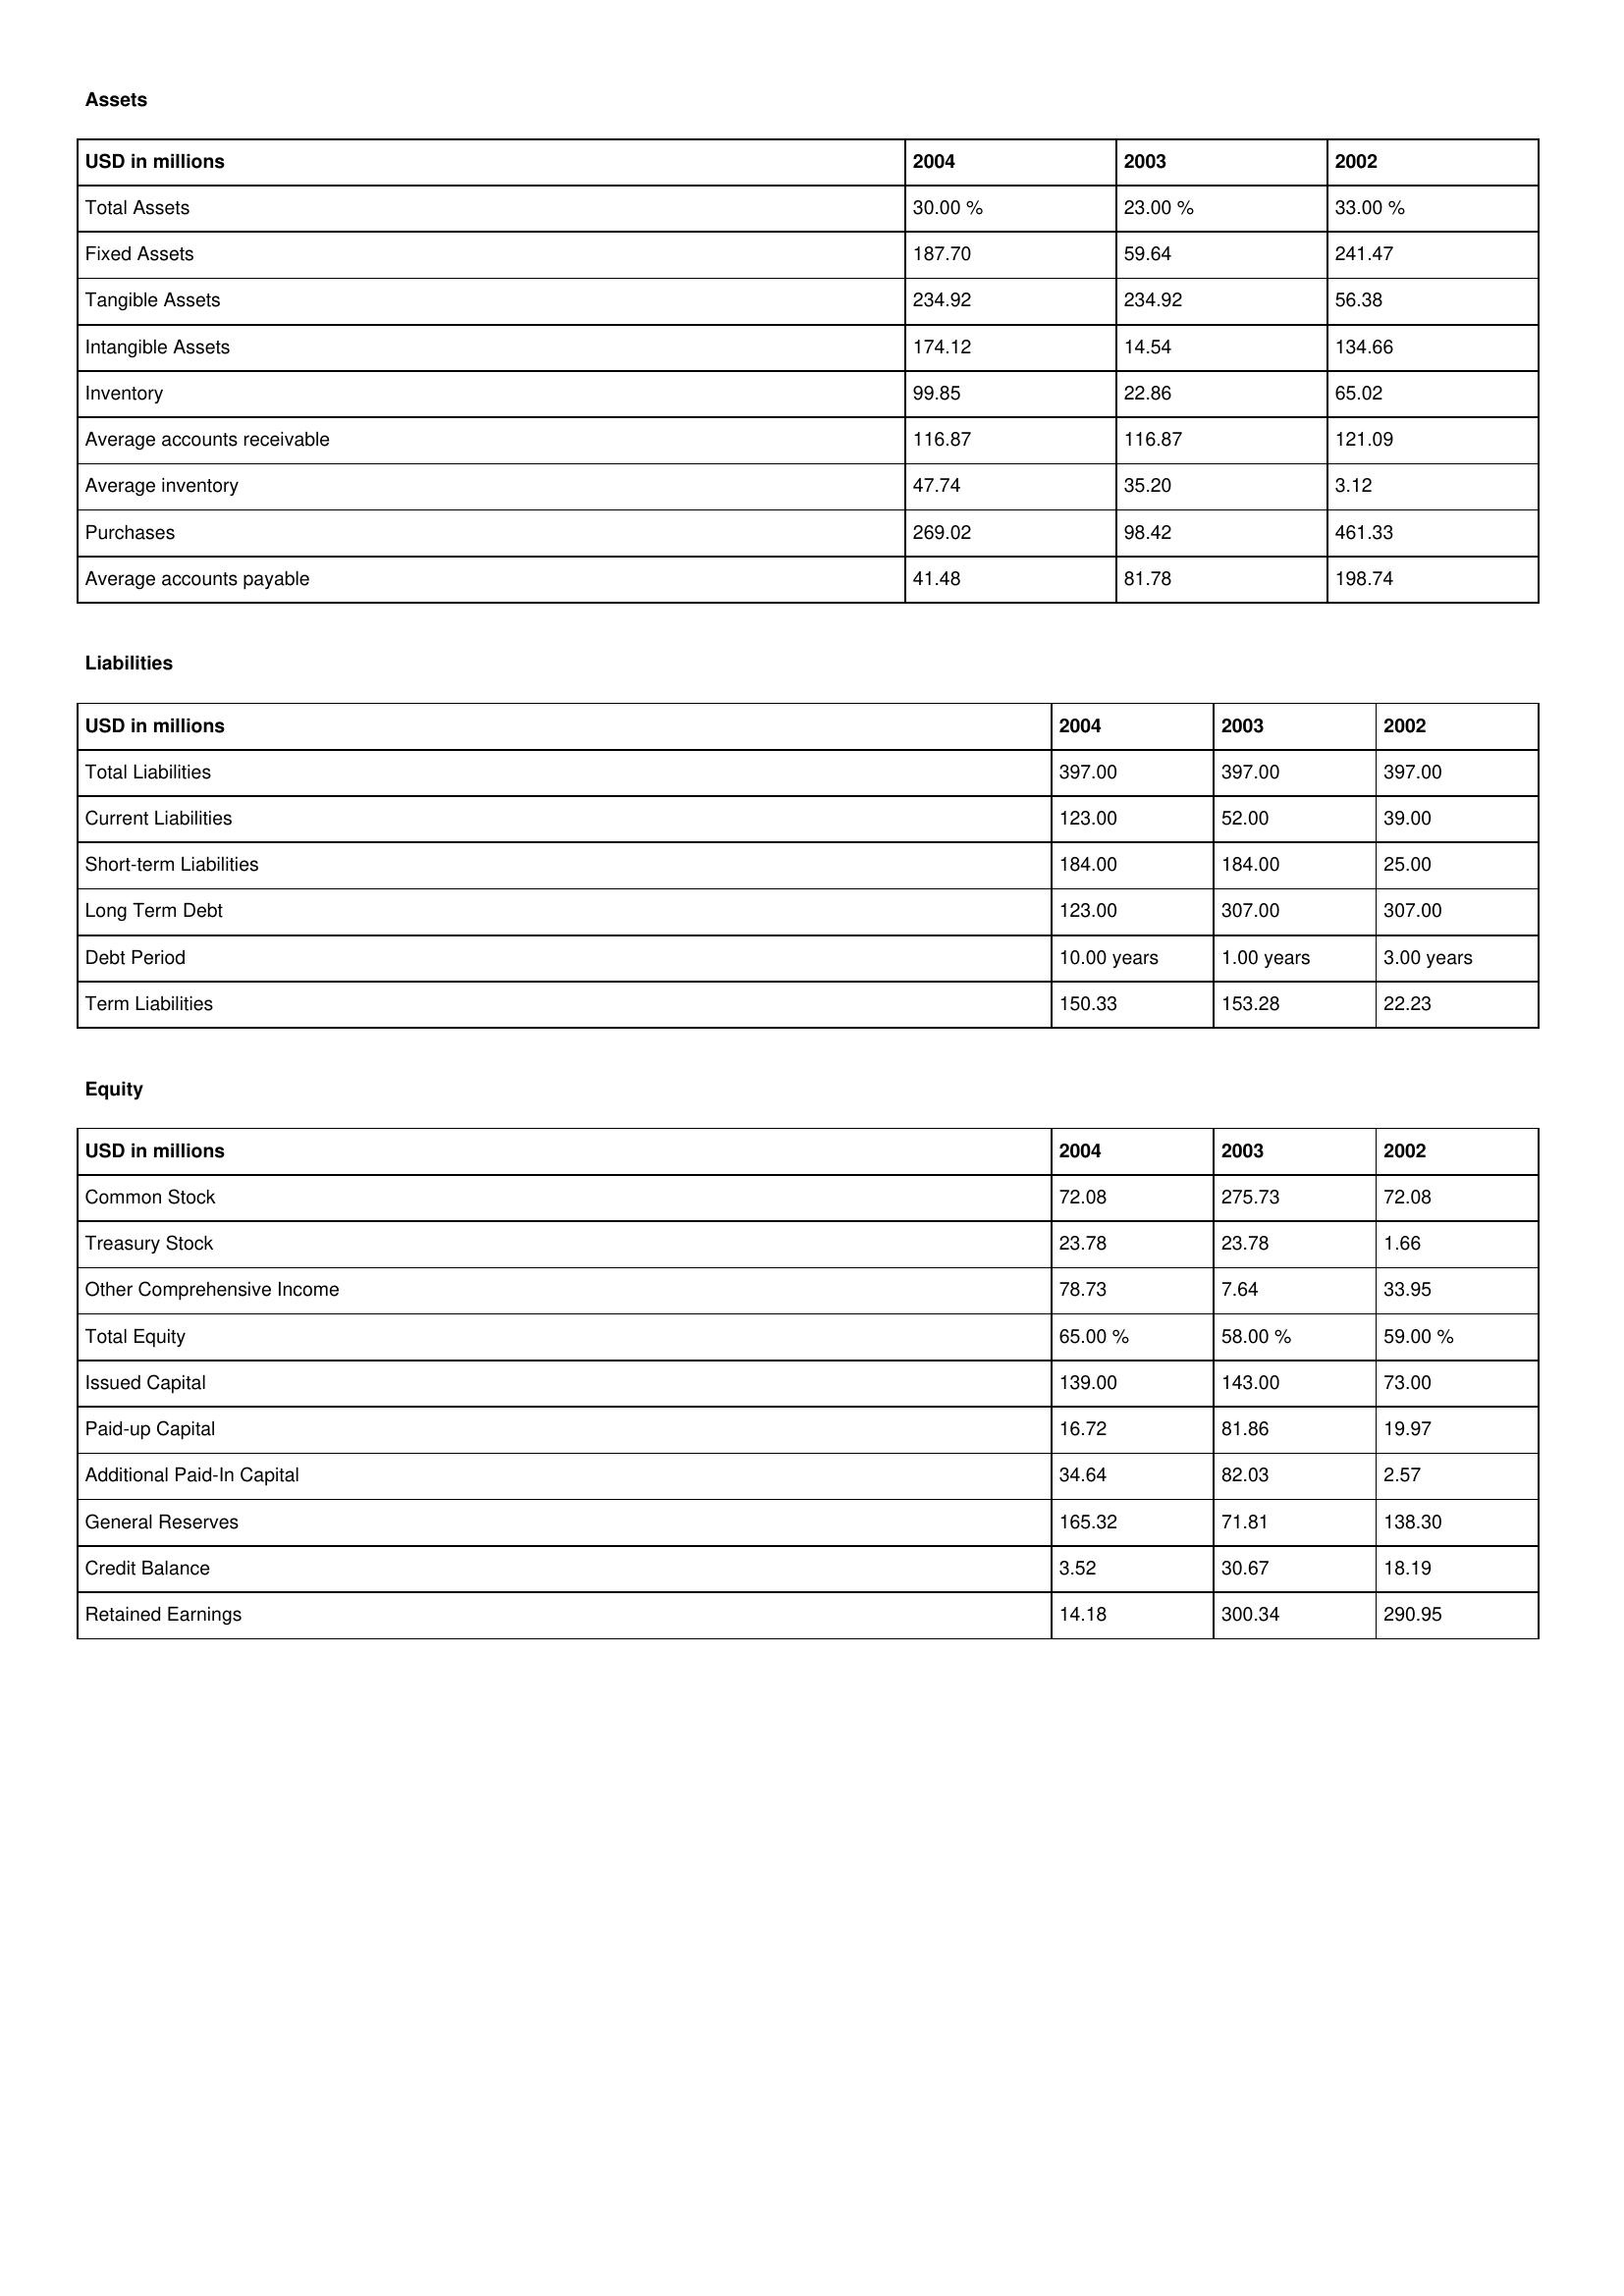
gt_parse: 2004: Assets: Total Assets: 30.00 %
Fixed Assets: 187.70
Tangible Assets: 234.92
Intangible Assets: 174.12
Inventory: 99.85
Average accounts receivable: 116.87
Average inventory: 47.74
Purchases: 269.02
Average accounts payable: 41.48
Liabilities: Total Liabilities: 397.00
Current Liabilities: 123.00
Short-term Liabilities: 184.00
Long Term Debt: 123.00
Debt Period: 10.00 years
Term Liabilities: 150.33
Equity: Common Stock: 72.08
Treasury Stock: 23.78
Other Comprehensive Income: 78.73
Total Equity: 65.00 %
Issued Capital: 139.00
Paid-up Capital: 16.72
Additional Paid-In Capital: 34.64
General Reserves: 165.32
Credit Balance: 3.52
Retained Earnings: 14.18
2003: Assets: Total Assets: 23.00 %
Fixed Assets: 59.64
Tangible Assets: 234.92
Intangible Assets: 14.54
Inventory: 22.86
Average accounts receivable: 116.87
Average inventory: 35.20
Purchases: 98.42
Average accounts payable: 81.78
Liabilities: Total Liabilities: 397.00
Current Liabilities: 52.00
Short-term Liabilities: 184.00
Long Term Debt: 307.00
Debt Period: 1.00 years
Term Liabilities: 153.28
Equity: Common Stock: 275.73
Treasury Stock: 23.78
Other Comprehensive Income: 7.64
Total Equity: 58.00 %
Issued Capital: 143.00
Paid-up Capital: 81.86
Additional Paid-In Capital: 82.03
General Reserves: 71.81
Credit Balance: 30.67
Retained Earnings: 300.34
2002: Assets: Total Assets: 33.00 %
Fixed Assets: 241.47
Tangible Assets: 56.38
Intangible Assets: 134.66
Inventory: 65.02
Average accounts receivable: 121.09
Average inventory: 3.12
Purchases: 461.33
Average accounts payable: 198.74
Liabilities: Total Liabilities: 397.00
Current Liabilities: 39.00
Short-term Liabilities: 25.00
Long Term Debt: 307.00
Debt Period: 3.00 years
Term Liabilities: 22.23
Equity: Common Stock: 72.08
Treasury Stock: 1.66
Other Comprehensive Income: 33.95
Total Equity: 59.00 %
Issued Capital: 73.00
Paid-up Capital: 19.97
Additional Paid-In Capital: 2.57
General Reserves: 138.30
Credit Balance: 18.19
Retained Earnings: 290.95